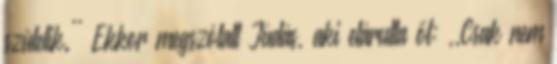
születik.'' Ekkor megszólalt Júdás, aki elárulta őt: ,,Csak nem